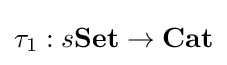
\tau _{1}:s\mathbf {Set} \to \mathbf {Cat}